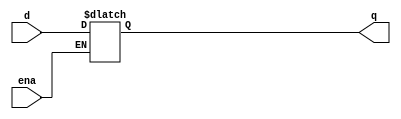
module top_module (
    input d, 
    input ena,
    output q);
    
    always @(ena)
        q <= (ena) ? d : q;
endmodule